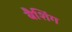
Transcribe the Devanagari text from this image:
बैशिंग